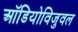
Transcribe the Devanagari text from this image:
ऑडियोविजुवल